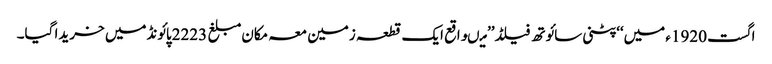
اگست 1920ء میں‘‘پٹنی سائوتھ فیلڈ’’ میںواقع ایک قطعہ زمین معہ مکان مبلغ 2223پائونڈمیں خریدا گیا۔